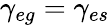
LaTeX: \gamma_{eg}=\gamma_{es}